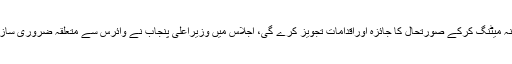
کرونا وائر س کیلئے بنائی گئی کمیٹی روزانہ میٹنگ کرکے صورتحال کا جائزہ اوراقدامات تجویز کرے گی، اجلاس میں وزیراعلیٰ پنجاب نے وائرس سے متعلقہ ضروری سازوسامان منگوانے کی منظوری دے دی ہے۔